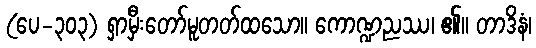
(ပေ-၃၀၃) ရှာမှီးတော်မူတတ်ထသော။ ကောဏ္ဍညဿ၊ ၏။ တာဒိနံ၊